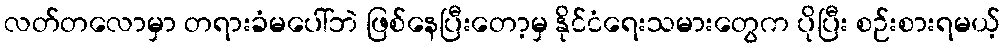
လတ်တလောမှာ တရားခံမပေါ်ဘဲ ဖြစ်နေပြီးတော့မှ နိုင်ငံရေးသမားတွေက ပိုပြီး စဉ်းစားရမယ့်